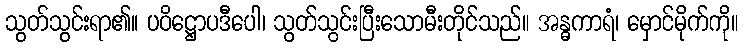
သွတ်သွင်းရာ၏။ ပဝိဋ္ဌောပဒီပေါ၊ သွတ်သွင်းပြီးသောမီးတိုင်သည်။ အန္ဓကာရံ၊ မှောင်မိုက်ကို။